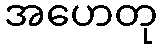
အဟေတု